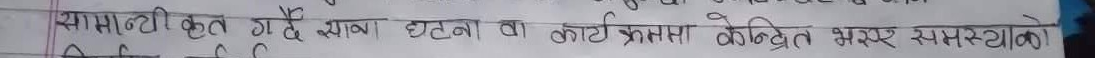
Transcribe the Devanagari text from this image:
सामान्यीकृत है यै सामा घटन वा कार्यप्रसा एकंद्रीत भरसर समस्याओं